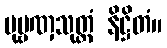
ပုဗ္ဗဏှသုတ္တံ နိဋ္ဌိတံ။